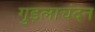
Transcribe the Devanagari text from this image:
गुड़लाचंदन